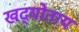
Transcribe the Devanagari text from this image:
खद्योताय